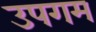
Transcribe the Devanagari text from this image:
उपगम